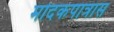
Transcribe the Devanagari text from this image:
मोदकपात्रास